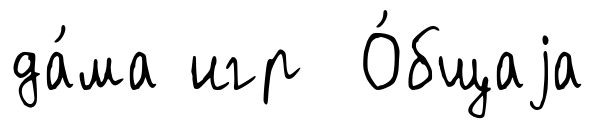
да́ма игр О́бщаjа